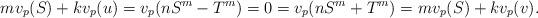
LaTeX: \begin{align*}mv_{p}(S)+kv_{p}(u)=v_{p}(nS^{m}-T^{m})=0=v_{p}(nS^{m}+T^{m})=mv_{p}(S)+kv_{p}(v).\end{align*}